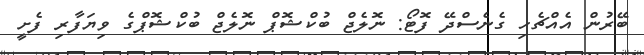
ބޭރުން އެއްޗެހި ގެނެސްދޭ ފޮޓޯ: ނޮލެޖް ބުކްޝޮޕް ނޮލެޖް ބުކްޝޮޕްގެ ވިޔަފާރި ފެށީ